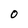
Character: O